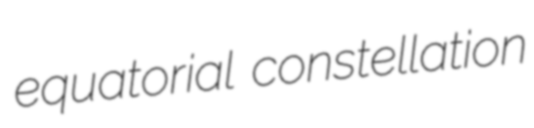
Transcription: equatorial constellation